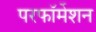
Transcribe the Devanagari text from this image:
परफॉर्मेशन